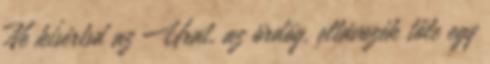
Ne kísértsd az Urat, az ördög, eltávozék tőle egy